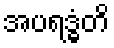
အပရဒ္ဓံတိ